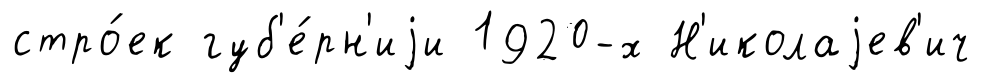
стро́ек губ'е́рн'иjи 1920-х Н'иколаjев'ич